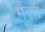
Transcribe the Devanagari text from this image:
मैरव